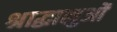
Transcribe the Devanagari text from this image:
श्राद्धालुओं